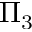
\Pi _ { 3 }